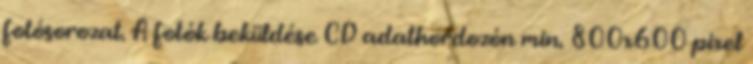
fotósorozat. A fotók beküldése CD adathordozón min. 800x600 pixel